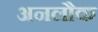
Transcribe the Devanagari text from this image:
अनलौक